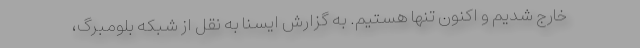
خارج شدیم و اکنون تنها هستیم. به گزارش ایسنا به نقل از شبکه بلومبرگ،